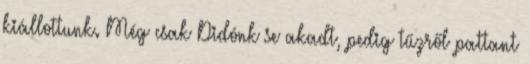
kiállottunk. Még csak Didónk se akadt, pedig tűzről pattant